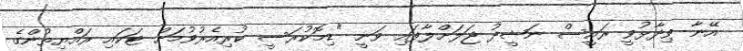
އޭނާ ވިދާޅުވީ ރައީސް ނަޝީދު ޖަލަށްލާފައި ވަނީ "ޑިމޮކުރަސީ ކުރިއެރުވުމަށް ޓަކައި ރައްޔިތުންގެ